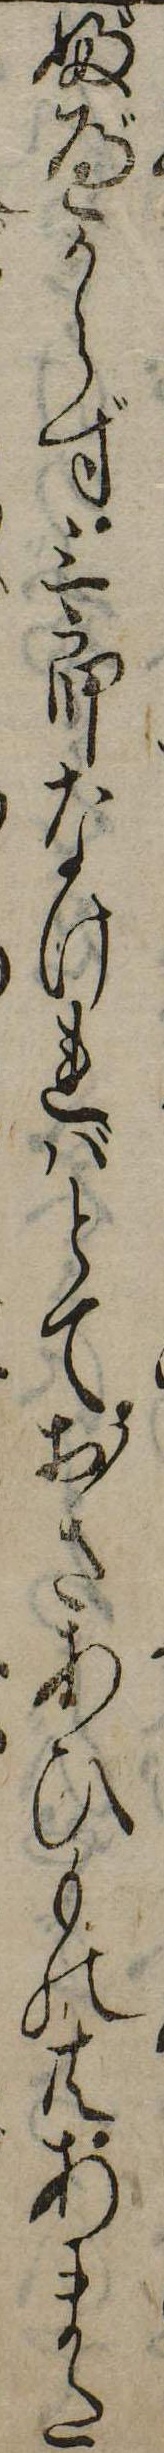
ぶべからず三郎なければとておさあひもの共あまた